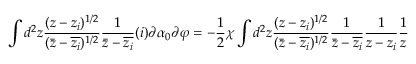
\int d ^ { 2 } z \frac { ( z - z _ { i } ) ^ { 1 / 2 } } { ( \bar { z } - \overline { { z _ { i } } } ) ^ { 1 / 2 } } \frac { 1 } { \bar { z } - \overline { { z _ { i } } } } ( i ) \partial \alpha _ { 0 } \partial \varphi = - \frac { 1 } { 2 } \chi \int d ^ { 2 } z \frac { ( z - z _ { i } ) ^ { 1 / 2 } } { ( \bar { z } - \overline { { z _ { i } } } ) ^ { 1 / 2 } } \frac { 1 } { \bar { z } - \overline { { z _ { i } } } } \frac { 1 } { z - z _ { i } } \frac { 1 } { z }